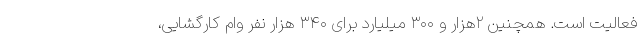
فعالیت است. همچنین ۲هزار و ۳۰۰ میلیارد برای ۳۴۰ هزار نفر وام کارگشایی،